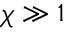
\chi \gg 1